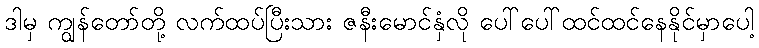
ဒါမှ ကျွန်တော်တို့ လက်ထပ်ပြီးသား ဇနီးမောင်နှံလို ပေါ်ပေါ်ထင်ထင်နေနိုင်မှာပေါ့